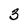
Character: 3